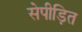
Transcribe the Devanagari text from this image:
सेपीड़ित